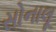
સોનાલૂ